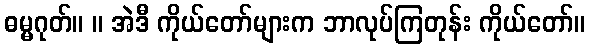
ဓမ္မဂုတ်။ ။ အဲဒီ ကိုယ်တော်များက ဘာလုပ်ကြတုန်း ကိုယ်တော်။